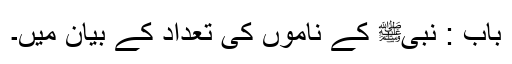
باب : نبیﷺ کے ناموں کی تعداد کے بیان میں۔